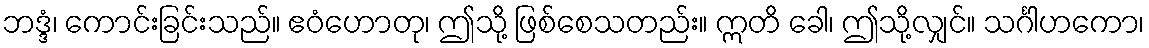
ဘဒ္ဒံ၊ ကောင်းခြင်းသည်။ ဧဝံဟောတု၊ ဤသို့ ဖြစ်စေသတည်း။ ဣတိ ခေါ၊ ဤသို့လျှင်။ သင်္ဂါဟကော၊